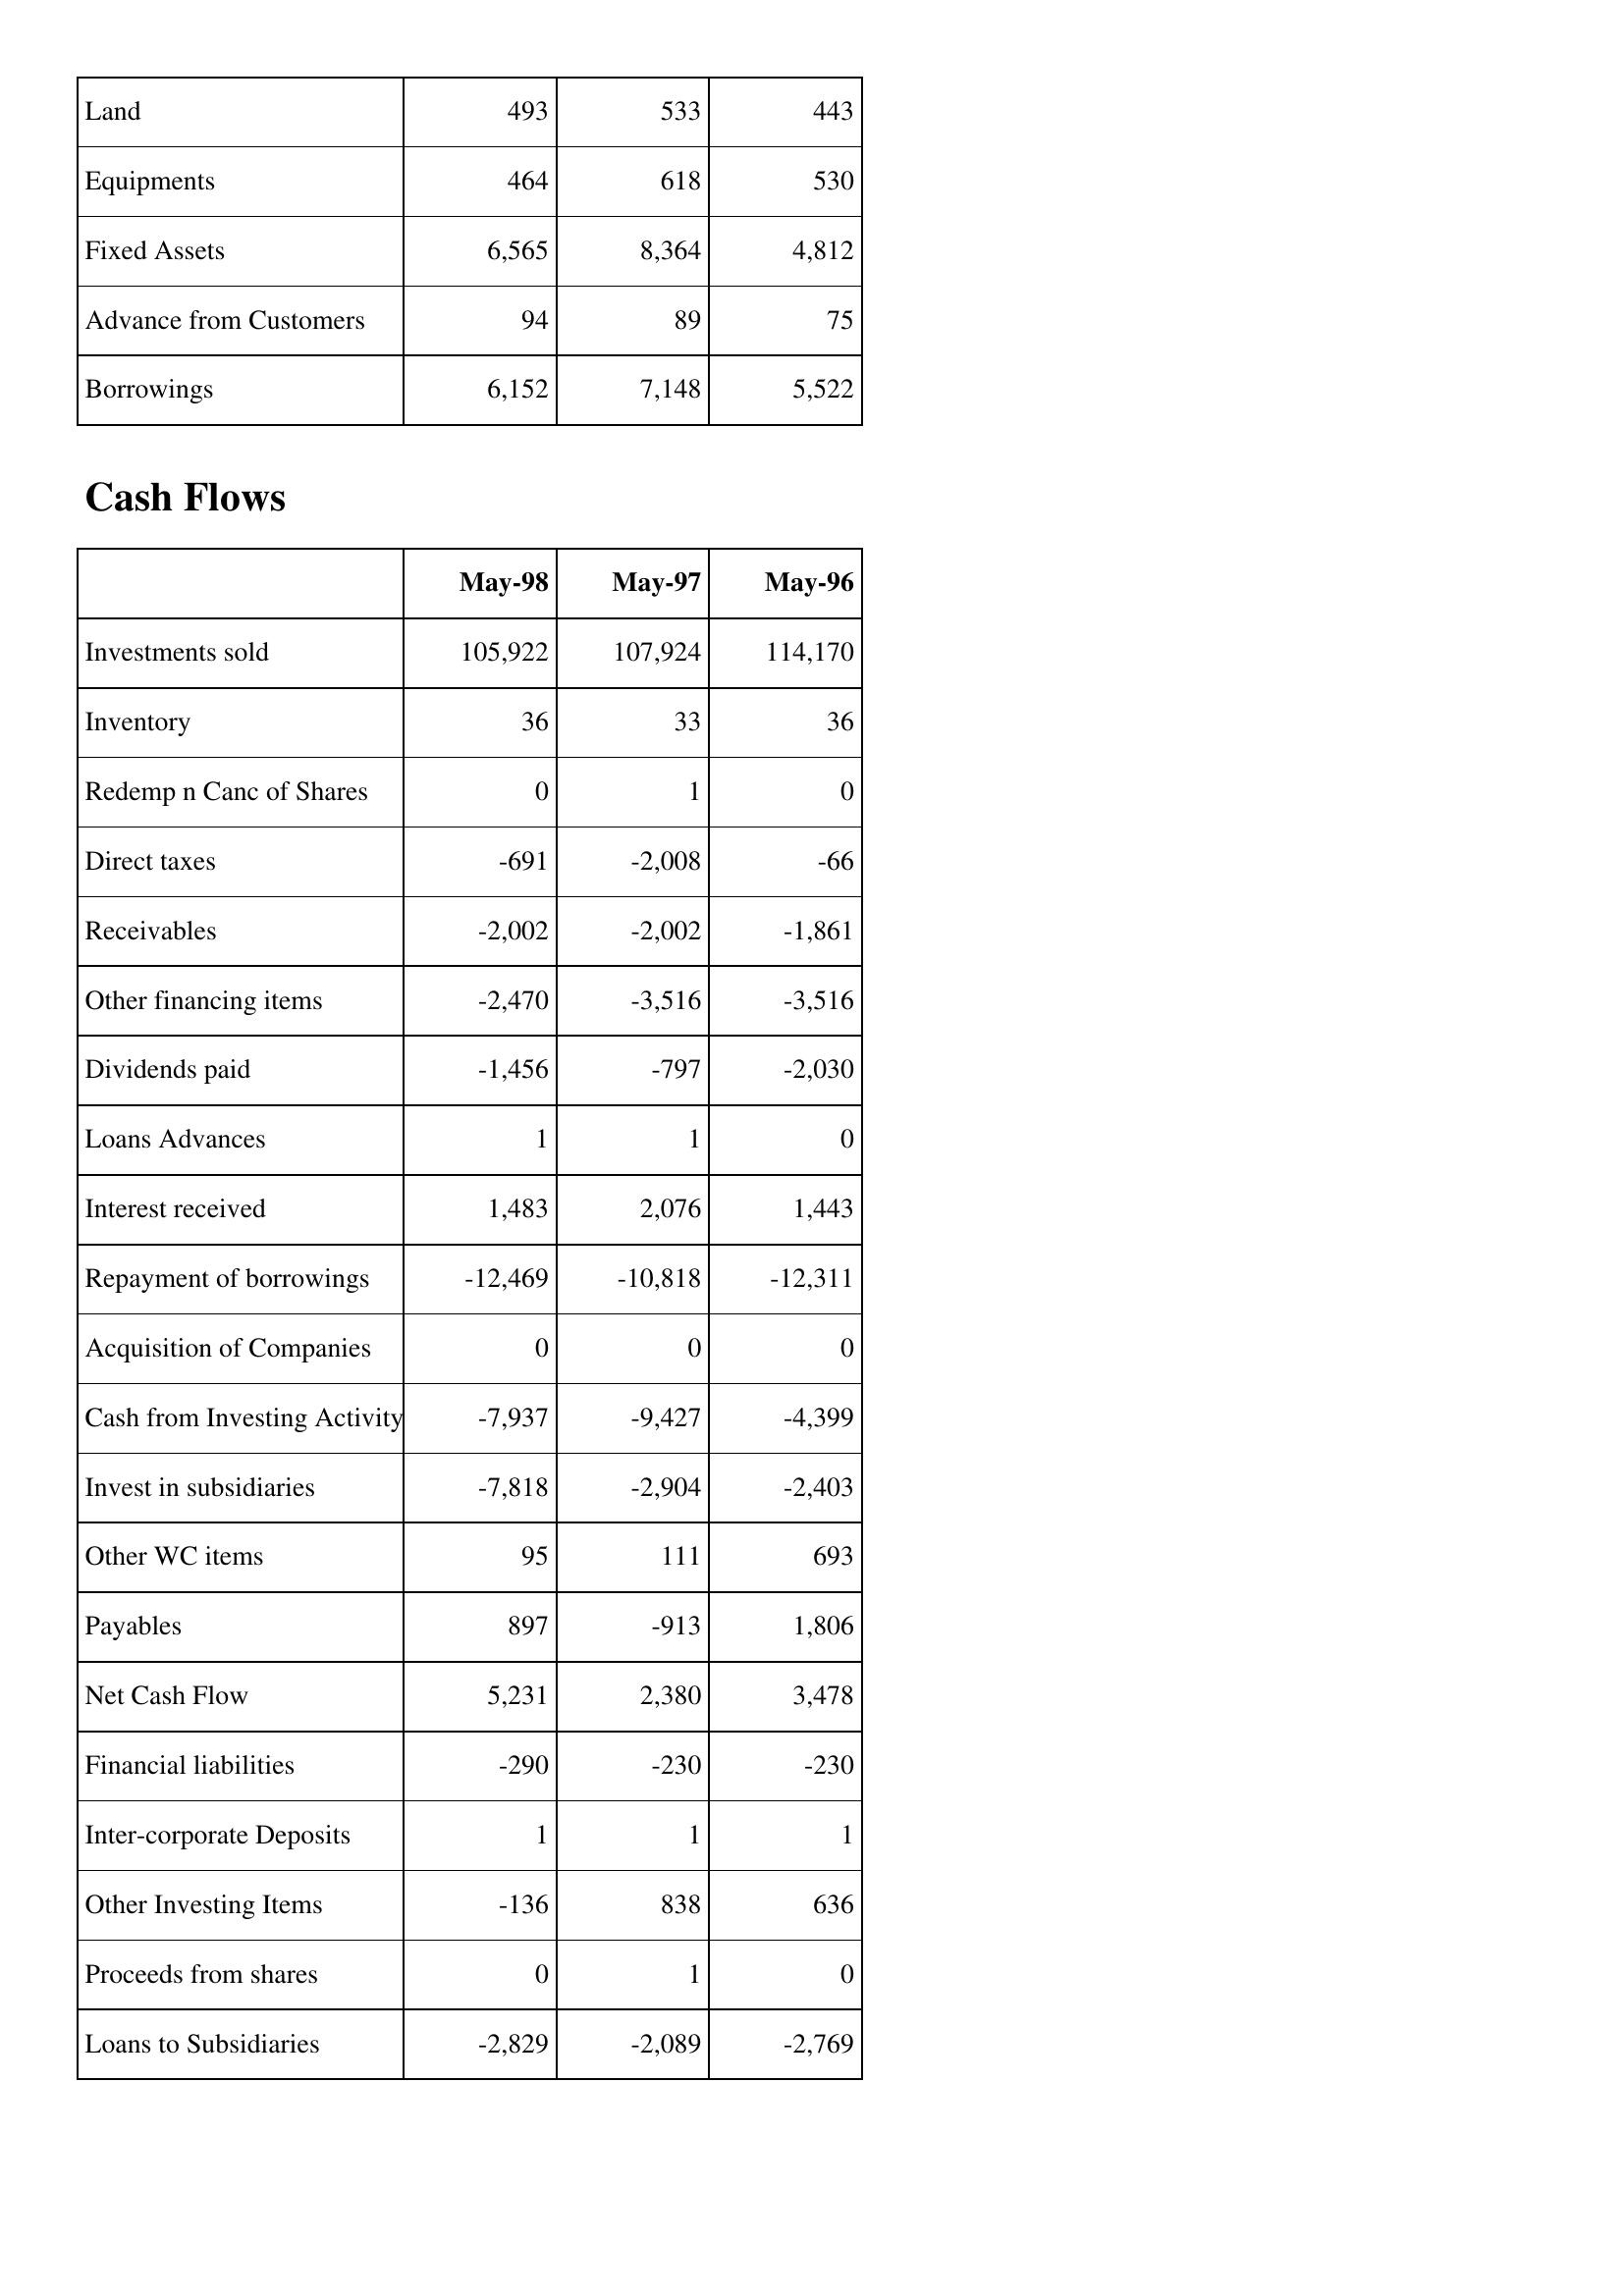
May-98: Balance Sheet: Land: 493
Equipments: 464
Fixed Assets: 6,565
Advance from Customers: 94
Borrowings: 6,152
Cash Flows: Investments sold: 105,922
Inventory: 36
Redemp n Canc of Shares: 0
Direct taxes: -691
Receivables: -2,002
Other financing items: -2,470
Dividends paid: -1,456
Loans Advances: 1
Interest received: 1,483
Repayment of borrowings: -12,469
Acquisition of Companies: 0
Cash from Investing Activity: -7,937
Invest in subsidiaries: -7,818
Other WC items: 95
Payables: 897
Net Cash Flow: 5,231
Financial liabilities: -290
Inter-corporate Deposits: 1
Other Investing Items: -136
Proceeds from shares: 0
Loans to Subsidiaries: -2,829
May-97: Balance Sheet: Land: 533
Equipments: 618
Fixed Assets: 8,364
Advance from Customers: 89
Borrowings: 7,148
Cash Flows: Investments sold: 107,924
Inventory: 33
Redemp n Canc of Shares: 1
Direct taxes: -2,008
Receivables: -2,002
Other financing items: -3,516
Dividends paid: -797
Loans Advances: 1
Interest received: 2,076
Repayment of borrowings: -10,818
Acquisition of Companies: 0
Cash from Investing Activity: -9,427
Invest in subsidiaries: -2,904
Other WC items: 111
Payables: -913
Net Cash Flow: 2,380
Financial liabilities: -230
Inter-corporate Deposits: 1
Other Investing Items: 838
Proceeds from shares: 1
Loans to Subsidiaries: -2,089
May-96: Balance Sheet: Land: 443
Equipments: 530
Fixed Assets: 4,812
Advance from Customers: 75
Borrowings: 5,522
Cash Flows: Investments sold: 114,170
Inventory: 36
Redemp n Canc of Shares: 0
Direct taxes: -66
Receivables: -1,861
Other financing items: -3,516
Dividends paid: -2,030
Loans Advances: 0
Interest received: 1,443
Repayment of borrowings: -12,311
Acquisition of Companies: 0
Cash from Investing Activity: -4,399
Invest in subsidiaries: -2,403
Other WC items: 693
Payables: 1,806
Net Cash Flow: 3,478
Financial liabilities: -230
Inter-corporate Deposits: 1
Other Investing Items: 636
Proceeds from shares: 0
Loans to Subsidiaries: -2,769